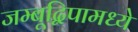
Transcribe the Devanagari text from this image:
जम्बूद्विपामध्ये